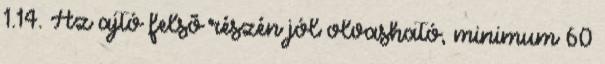
1.14. Az ajtó felsõ részén jól olvasható, minimum 60